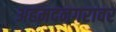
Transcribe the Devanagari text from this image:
अहमदनगरावर